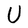
Character: U